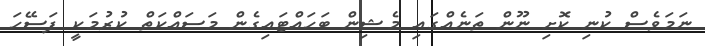
ނަމަވެސް ކުނި ކޮށި ނޫން ތަނެއްގައި މެޝިން ބަހައްޓައިގެން މަސައްކަތް ކުރުމަކީ ފަސޭހަ